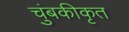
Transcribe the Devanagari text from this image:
चुंबकीकृत